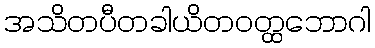
အသိတပီတခါယိတဝတ္ထဘောဂါ